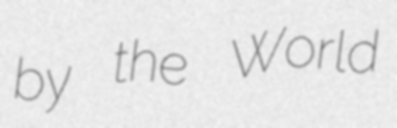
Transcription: by the World